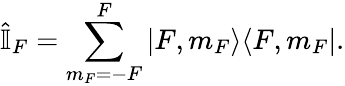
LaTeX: \hat{\mathbb{I}}_{F}=\sum_{m_{F}=-F}^{F}|F,m_{F}\rangle\langle F,m_{F}|.